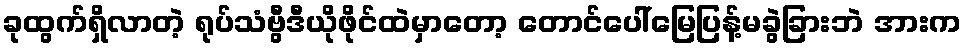
ခုထွက်ရှိလာတဲ့ ရုပ်သံဗွီဒီယိုဖိုင်ထဲမှာတော့ တောင်ပေါ်မြေပြန့်မခွဲခြားဘဲ အားက